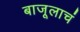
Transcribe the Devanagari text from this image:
बाजूलाचं